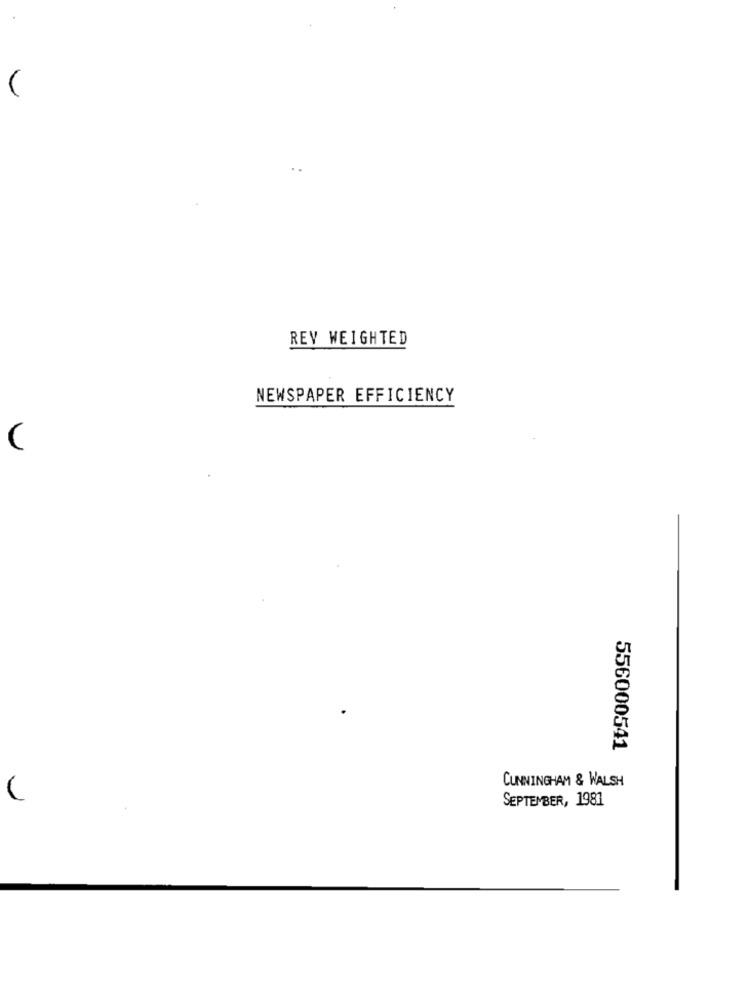
REY WEIGHTED
NEWSPAPER EFFICIENCY
(
556000541
CUNNINGHAM & WALSH
SEPTEMBER, 1981